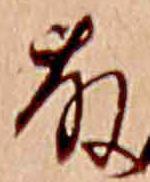
藤